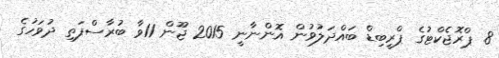
8. ޕްރޮޖެކްޓުގެ ޕްރީބިޑް ބައްދަލުވުން އޮންނާނީ 2015 ޖޫން 11ވާ ބުރާސްފަތި ދުވަހުގެ